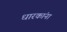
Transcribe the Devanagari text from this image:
धारकांना